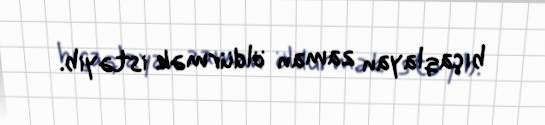
bıçaqlayan zaman öldürmək istəyib.